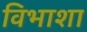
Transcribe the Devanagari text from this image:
विभाशा